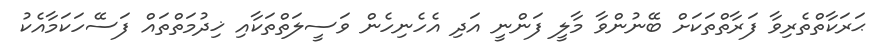
ޙަރަކާތްތެރިވާ ފަރާތްތަކަށް ބޭނުންވާ މާލީ ފަންނީ އަދި އެހެނިހެން ވަސީލަތްތަކާއި ޚިދުމަތްތައް ފަސޭހަކަމާއެކު